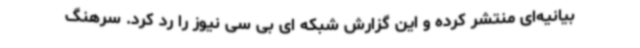
بیانیه‌ای منتشر کرده و این گزارش شبکه ای بی سی نیوز را رد کرد. سرهنگ